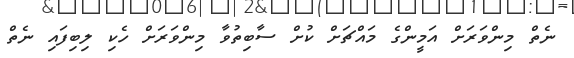
ނެތް މިންވަރަށް އަމީންގެ މައްޗަށް ކުށް ސާބިތުވާ މިންވަރަށް ހެކި ލިބިފައި ނެތް